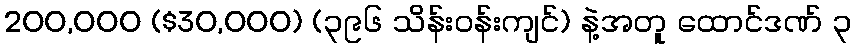
200,000 ($30,000) (၃၉၆ သိန်းဝန်းကျင်) နဲ့အတူ ထောင်ဒဏ် ၃